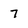
Character: 7